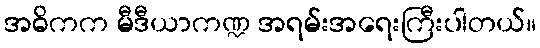
အဓိကက မီဒီယာကဏ္ဍ အရမ်းအရေးကြီးပါတယ်။